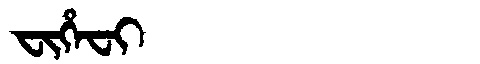
Manchu: ᠸᡳᡥᡝᠸᡳ
Romanization: FIHEFI